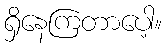
ရှိနေကြတာပေါ့။